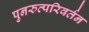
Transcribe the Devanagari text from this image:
पुनरुत्परिवर्तन